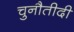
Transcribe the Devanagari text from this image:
चुनौतीदी